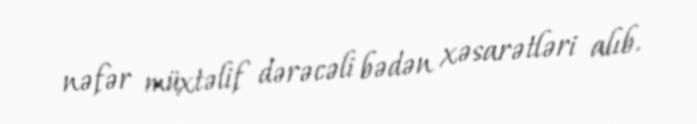
nəfər müxtəlif dərəcəli bədən xəsarətləri alıb.